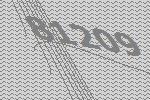
81209